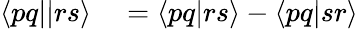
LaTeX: \begin{array}{rl}{\langle pq||rs\rangle}&{{}=\langle pq|rs\rangle-\langle pq|sr\rangle}\end{array}